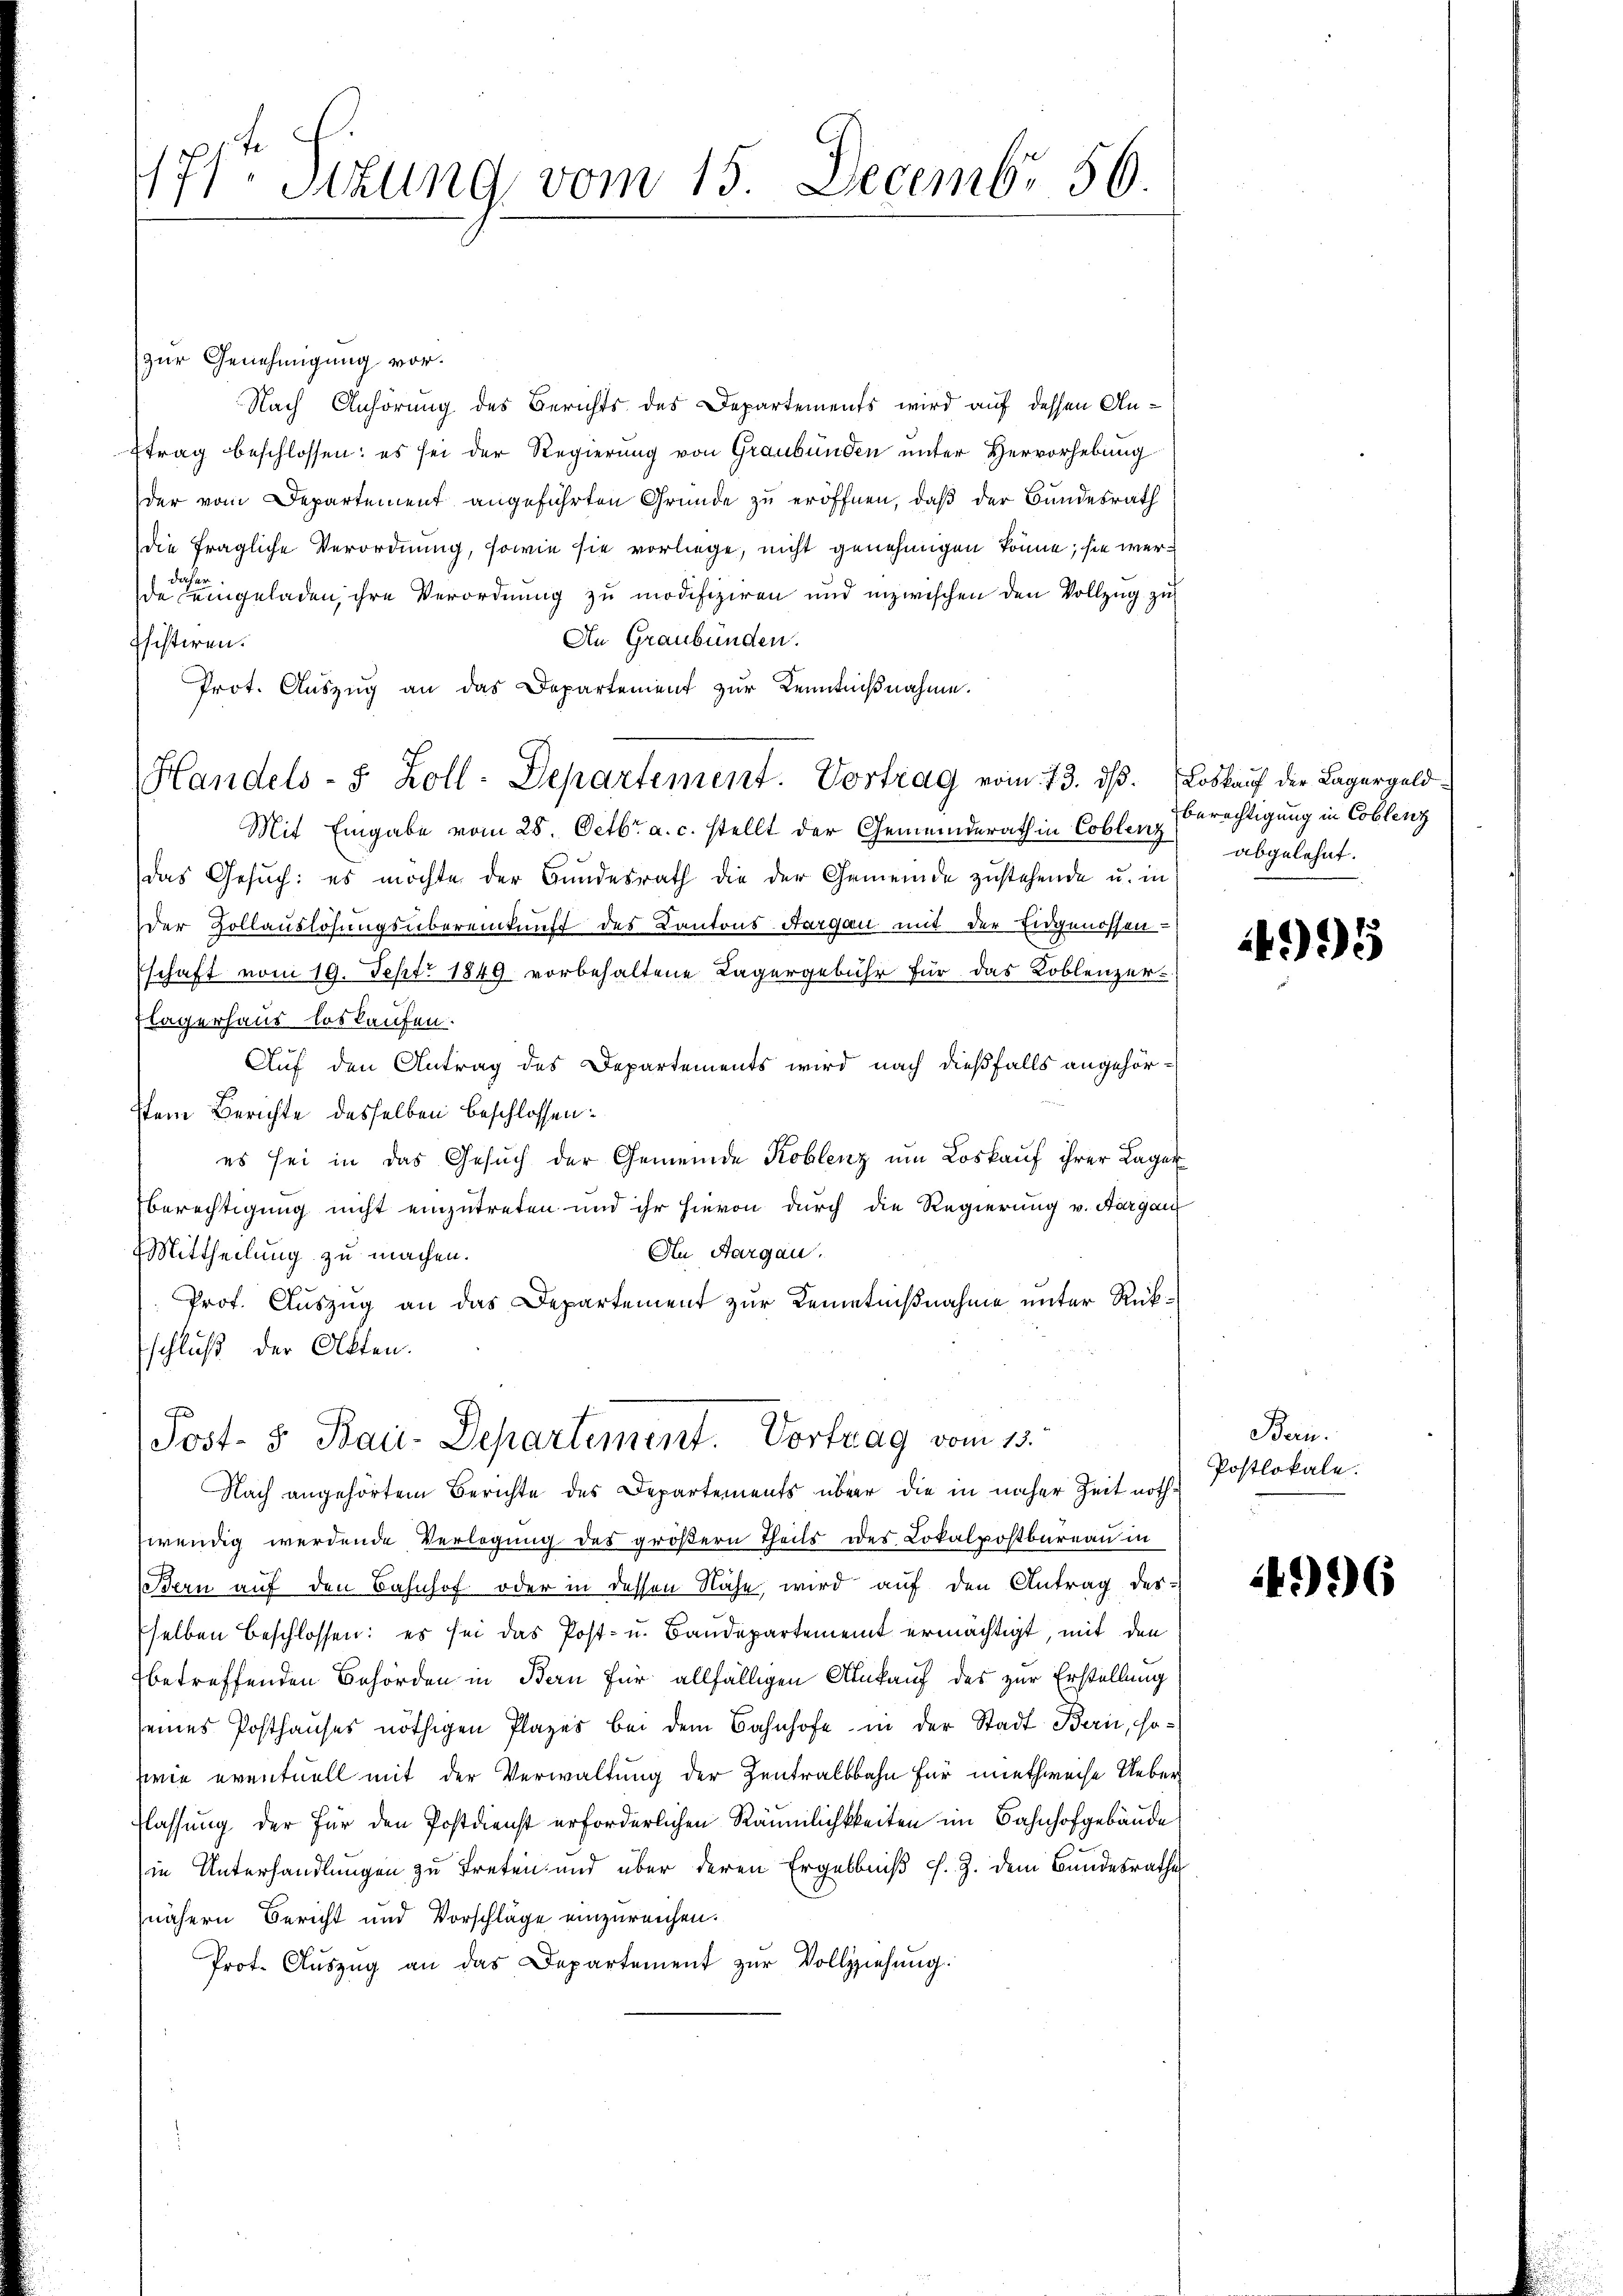
471ten Sizung vom 15. Decembr 56.

zur Genehmigung vor.
Nach Anhörung des Berichts des Departements wird auf dessen Anftrag beschlossen: es sei der Regierung von Graubünden unter Hervorhebung
der vom Departement angeführten Gründe zu eröffnen, daß der Bundesrath
die fragliche Verordnung, sowie sie vorliege, nicht genehmigen könne; sie werdas
de Leingeladen, ihre Verordnung zu modifizieren und inzwischen den Vollzug zu
An Graubünden.
Chistiren.
Prot. Aŭszŭg an das Departement zur Kenntnißnahme.
Handels- S. Zoll-Departement. Vortrag vom 13. dß. Loskauf die Lagergeld¬
Mit Eingabe vom 28. Octbr. a. c. stellt der Gemeinderath in Coblenz
das Gesuch: es möchte der Bundesrath die der Gemeinde zustehende u. in
der Zollauslösungsübereinkunft des Kantons Aargau mit der Eidgenossen-
schaft vom 19. Sept. 1849 vorbehaltene Lagergebühr für das Koblenzer-
flagerhaus loskaufen.
Auf den Antrag des Departements wird nach dießfalls angehör¬
Item Berichte desselben beschlossen:
es sei in das Gesŭch der Gemeinde Koblenz um Loskauf ihrer Lager
Berechtigung nicht einzutreten und ihr hievon durch die Regierung v. Aargau
An Aargau.
(Mittheilung zu machen.
Prof. Auszug an das Departement zur Kenntnißnahme unter Rückschluß der Akten.
Post- 5. Bau-Departement. Vortrag vom 13.
Nach angehörtem Berichte des Departements über die in näher Zeit nothwendig werdende Verlegung des größern Theils des Lokalpostbureau in
(Bern auf den Bahnhof oder in dessen Nähe wird auf den Antrag des
selben beschlossen: es sei das Post- u. Baudepartement ermächtigt, mit den
betreffenden Behörden in Bern für allfälligen Ankauf des zur Erstellung
seines Posthauses nöthigen Plazes bei dem Bahnhofe in der Stadt Bern, sowie eventuell mit der Verwaltung der Zentralbahn für miethweise Ueberflassung der für den Postdienst erforderlichen Räumlichkkeiten im Bahnhofgebäude
in Unterhandlungen zu treten und über deren Ergebniß s. Z. dem Bundesrathe
nähern Bericht und Vorschläge einzureichen.
Prot. Aŭszŭg an das Departement zŭr Vollziehung.

Berechtigung in Coblenz
abgelehnt.

495

Bern.
Postlokale.

496